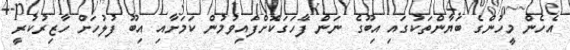
އެހެން މީހުންގެ ބަޔާންތަކުގައި އިބޫގެ ނަން ފާހަގަކޮށްފައިވުމުން ކަމަށާއި އިބޫ ފުލުހަށް ހާޒިރުކުރީ